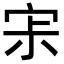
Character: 𡧯